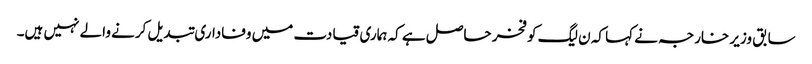
سابق وزیر خارجہ نے کہا کہ ن لیگ کو فخر حاصل ہے کہ ہماری قیادت میں وفاداری تبدیل کرنے والے نہیں ہیں۔